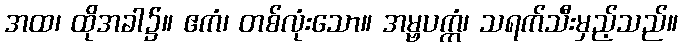
အထ၊ ထိုအခါ၌။ ဧကံ၊ တစ်လုံးသော။ အမ္ဗပက္ကံ၊ သရက်သီးမှည့်သည်။